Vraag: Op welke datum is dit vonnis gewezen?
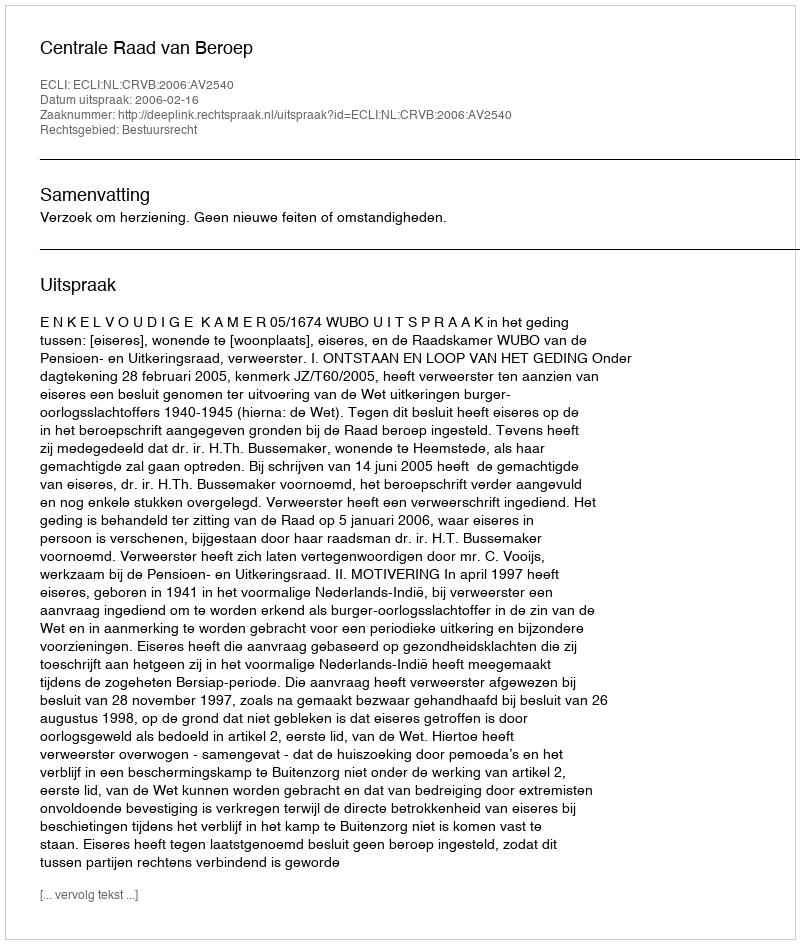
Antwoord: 2006-02-16